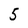
Character: 5